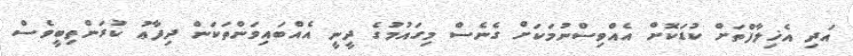
އަދި އެޚިލާފްތަށް ކުޑަކޮށް އެއްވިސްނުމަކަށް ގެނެސް މިގައުމުގެ ދީނީ އެއްބައިވަންތަކަން ދިފާޢު ކުރަންތިބީވެސް